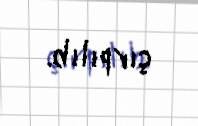
çırpılıb.